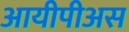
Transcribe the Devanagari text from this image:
आयीपीअस